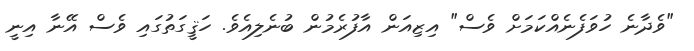
"ވެދާނެ ހުވަފެނެއްކަމަށް ވެސް" އިޒިއަން އާފުރެމުން ބުނެލިއެވެ. ހަޤީގަތުގައި ވެސް އޭނާ އިނީ